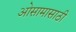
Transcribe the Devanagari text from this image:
ओसामासाठी